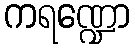
ကရဏ္ဍော